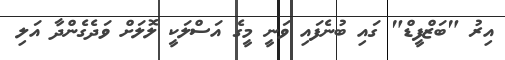
އިރު "ބަޒްފީޑް" ގައި ބުނެފައި ވަނީ މީގެ އަސްލަކީ ލޮލަށް ވަދެގެންދާ އަލި